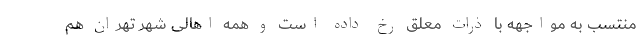
منتسب به مواجهه با ذرات معلق رخ داده است و همه اهالی شهر تهران هم